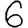
Digit: 6